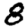
Digit: 8